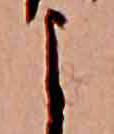
よ